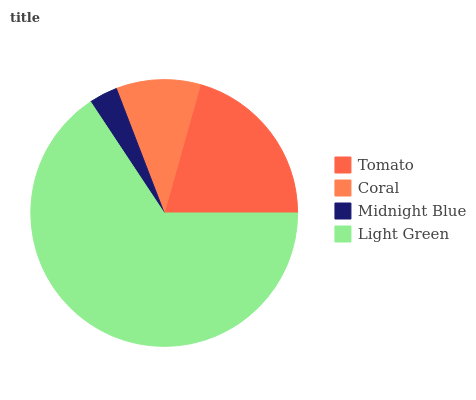
| Tomato | Coral | Midnight Blue | Light Green |
 | --- | --- | --- | --- |
 | 20.7% | 10.2% | 3.47% | 65.7% |